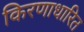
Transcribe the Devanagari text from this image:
किरणाधारित